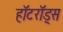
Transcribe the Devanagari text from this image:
हॉटरॉड्स